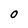
Character: O